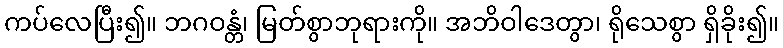
ကပ်လေပြီး၍။ ဘဂဝန္တံ၊ မြတ်စွာဘုရားကို။ အဘိဝါဒေတွာ၊ ရိုသေစွာ ရှိခိုး၍။